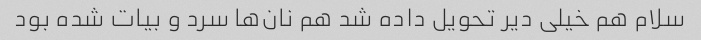
سلام هم خیلی دیر تحویل داده شد هم نان‌ها سرد و بیات شده بود